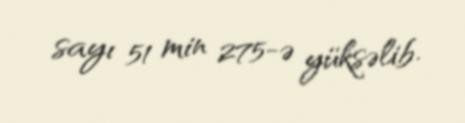
sayı 51 min 275-ə yüksəlib.